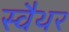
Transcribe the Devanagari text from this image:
स्वैथर